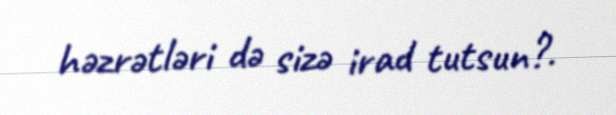
həzrətləri də sizə irad tutsun?.